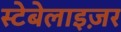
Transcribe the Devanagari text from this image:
स्टेबेलाइज़र